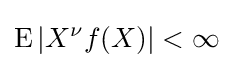
\operatorname {E} |X^{\nu }f(X)|<\infty